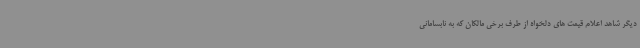
دیگر شاهد اعلام قیمت های دلخواه از طرف برخی مالکان که به نابسامانی